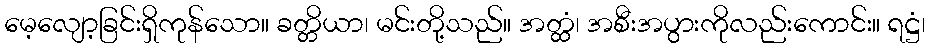
မေ့လျော့ခြင်းရှိကုန်သော။ ခတ္တိယာ၊ မင်းတို့သည်။ အတ္ထံ၊ အစီးအပွားကိုလည်းကောင်း။ ရဋ္ဌံ၊